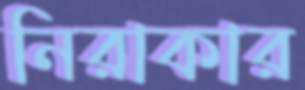
নিরাকার